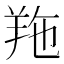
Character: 𦍥